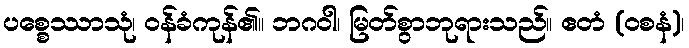
ပစ္စေဿာသုံ၊ ဝန်ခံကုန်၏။ ဘဂဝါ၊ မြတ်စွာဘုရားသည်။ ဧတံ (ဝစနံ)၊